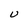
Character: U